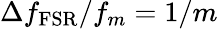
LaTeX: \Delta f_{\mathrm{FSR}}/f_{m}=1/m